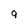
Character: 9